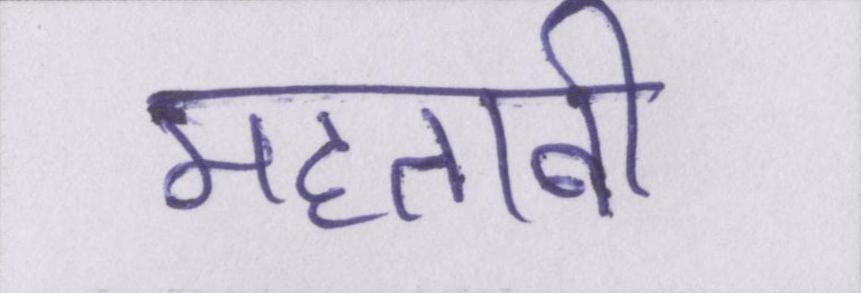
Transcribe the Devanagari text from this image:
महताबी